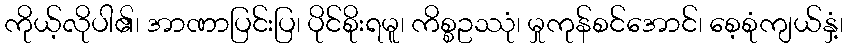
ကိုယ့်လိုပါ၏၊ အာဏာပြင်းပြ၊ ပိုင်စိုးရမူ၊ ကိစ္စဥဿုံ၊ မှုကုန်စင်အောင်၊ စေ့စုံကျယ်နှံ့၊